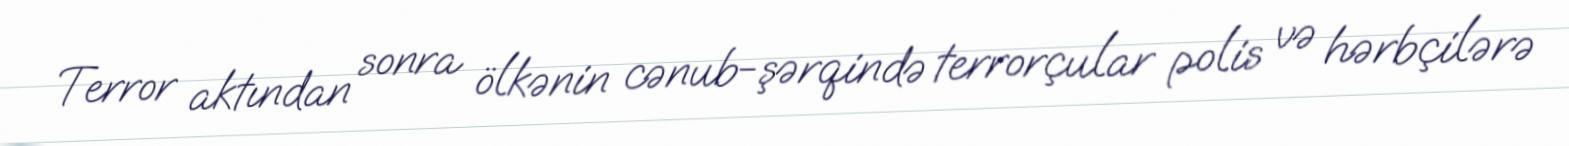
Terror aktından sonra ölkənin cənub-şərqində terrorçular polis və hərbçilərə